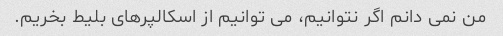
من نمی دانم اگر نتوانیم، می توانیم از اسکالپرهای بلیط بخریم.